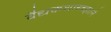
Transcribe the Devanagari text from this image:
वैद्यकशास्त्रज्ञाने